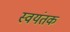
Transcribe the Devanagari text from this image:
स्‍वयंतक